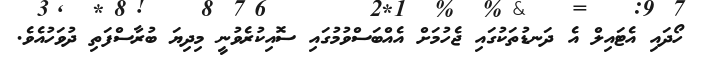
ހޯދައި އެޓައިލް އެ ދަނޑުތަކުގައި ޖެހުމަށް އެއްބަސްވުމުގައި ސޮއިކުރެވުނީ މިދިޔަ ބުރާސްފަތި ދުވަހުއެވެ.